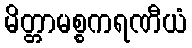
မိတ္တာမစ္စကရဏီယံ